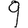
Digit: 9